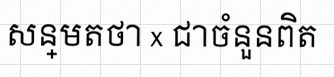
សន្មតថា x ជាចំនួនពិត